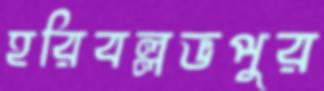
হরিবল্লভপুর